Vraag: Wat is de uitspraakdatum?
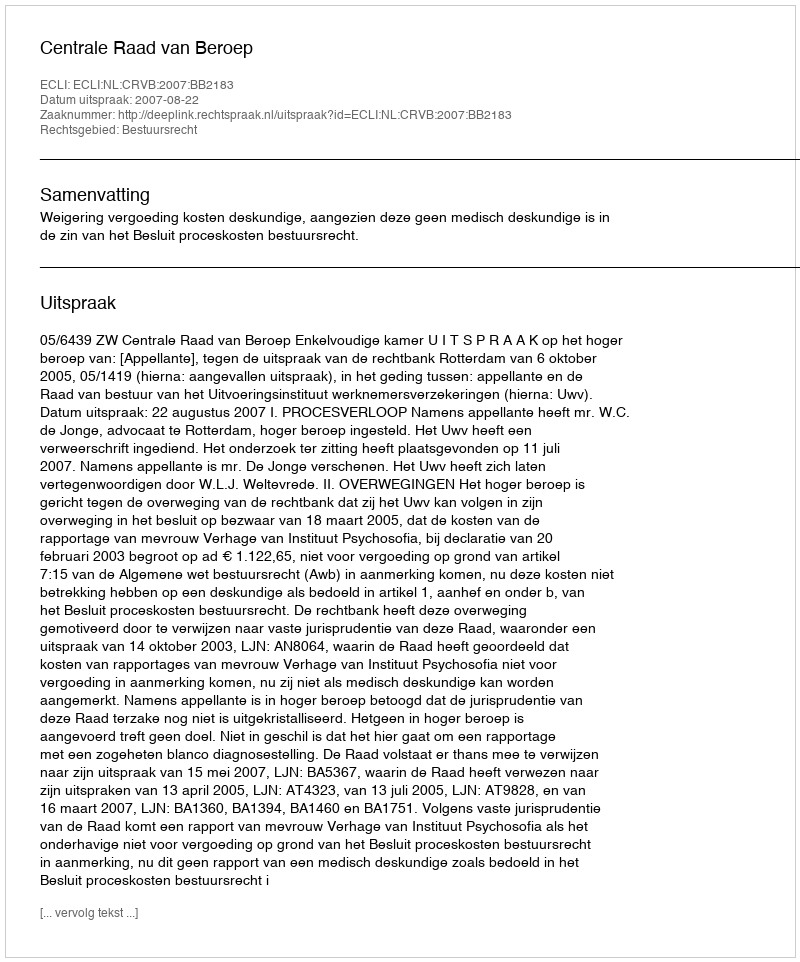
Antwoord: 2007-08-22